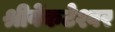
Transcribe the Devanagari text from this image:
श्रीवेंकटेश्वर